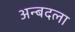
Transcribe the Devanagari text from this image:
अन्बदला